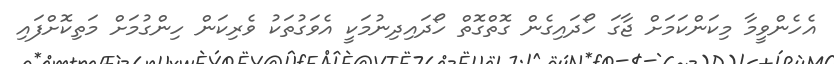
އެހެންވީމާ މިކަންކަމަށް ޖާގަ ހޯދައިގެން ގޮތްގޮތް ހޯދައިދިނުމަކީ އެވަގުތަކު ވެރިކަން ހިންގުމަށް މަތިކޮށްފައި